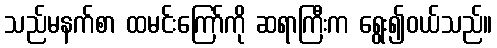
သည်မနက်စာ ထမင်းကြော်ကို ဆရာကြီးက ရွေး၍ဝယ်သည်။